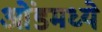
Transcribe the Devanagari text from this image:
ओंडमध्ये